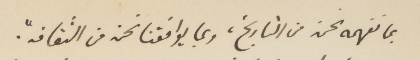
فما نفهمه نحن من التاريخ، وبما يوافقنا نحن من الثقافة.